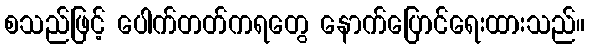
စသည်ဖြင့် ပေါက်တတ်ကရတွေ နောက်ပြောင်ရေးထားသည်။